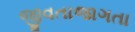
જીવતાજાગતા